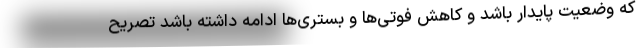
که وضعیت پایدار باشد و کاهش فوتی‌ها و بستری‌ها ادامه داشته باشد تصریح